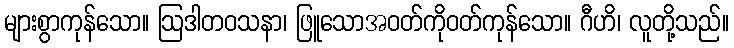
များစွာကုန်သော။ ဩဒါတဝသနာ၊ ဖြူသောအဝတ်ကိုဝတ်ကုန်သော။ ဂီဟိ၊ လူတို့သည်။